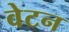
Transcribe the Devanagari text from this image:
वेटन